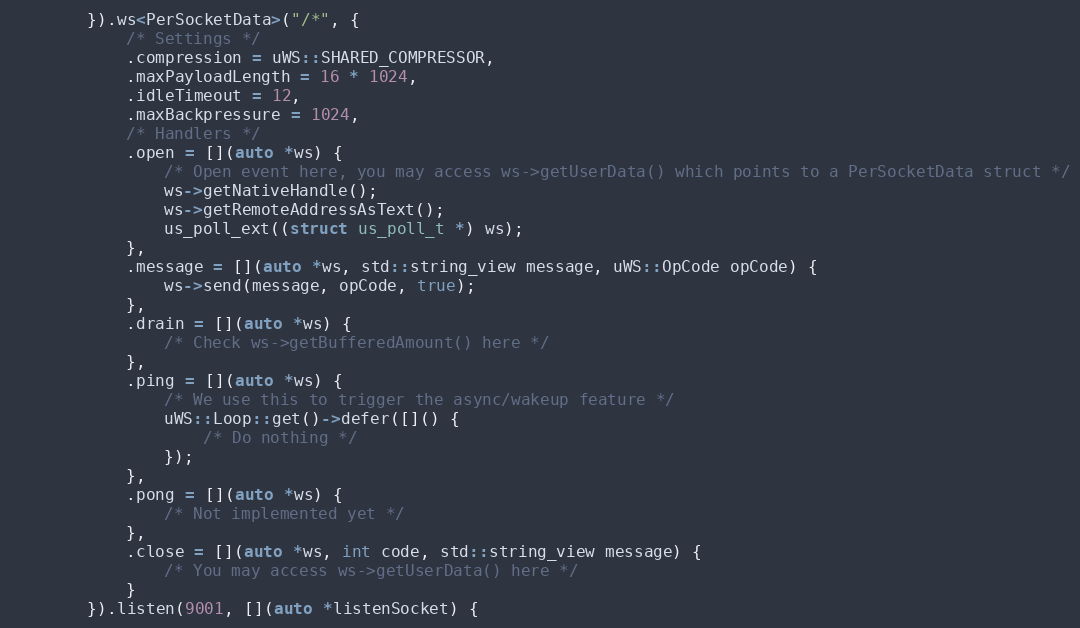
Language: C++
        }).ws<PerSocketData>("/*", {
            /* Settings */
            .compression = uWS::SHARED_COMPRESSOR,
            .maxPayloadLength = 16 * 1024,
            .idleTimeout = 12,
            .maxBackpressure = 1024,
            /* Handlers */
            .open = [](auto *ws) {
                /* Open event here, you may access ws->getUserData() which points to a PerSocketData struct */
                ws->getNativeHandle();
                ws->getRemoteAddressAsText();
                us_poll_ext((struct us_poll_t *) ws);
            },
            .message = [](auto *ws, std::string_view message, uWS::OpCode opCode) {
                ws->send(message, opCode, true);
            },
            .drain = [](auto *ws) {
                /* Check ws->getBufferedAmount() here */
            },
            .ping = [](auto *ws) {
                /* We use this to trigger the async/wakeup feature */
                uWS::Loop::get()->defer([]() {
                    /* Do nothing */
                });
            },
            .pong = [](auto *ws) {
                /* Not implemented yet */
            },
            .close = [](auto *ws, int code, std::string_view message) {
                /* You may access ws->getUserData() here */
            }
        }).listen(9001, [](auto *listenSocket) {